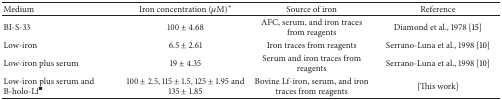
<table><thead><tr><td><b>Medium</b></td><td><b>Iron concentration (<i>μ</i>M)<sup>∗</sup></b></td><td><b>Source of iron</b></td><td><b>Reference</b></td></tr></thead><tbody><tr><td>BI-S-33</td><td>100 ± 4.68</td><td>AFC, serum, and iron traces from reagents</td><td>Diamond et al., 1978 [15]</td></tr><tr><td>Low-iron</td><td>6.5 ± 2.61 </td><td>Iron traces from reagents</td><td>Serrano-Luna et al., 1998 [10]</td></tr><tr><td>Low-iron plus serum</td><td>19 ± 4.35</td><td>Serum and iron traces from reagents</td><td>Serrano-Luna et al., 1998 [10]</td></tr><tr><td>Low-iron plus serum and B-holo-Lf<sup>▪</sup></td><td>100 ± 2.5, 115 ± 1.5, 125 ± 1.95 and 135 ± 1.85</td><td>Bovine Lf-iron, serum, and iron traces from reagents</td><td>[This work]</td></tr></tbody></table>